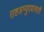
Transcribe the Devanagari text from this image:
राष्टअभ्युदयासाठी